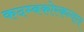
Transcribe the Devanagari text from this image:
कदम्बकोरकन्याय